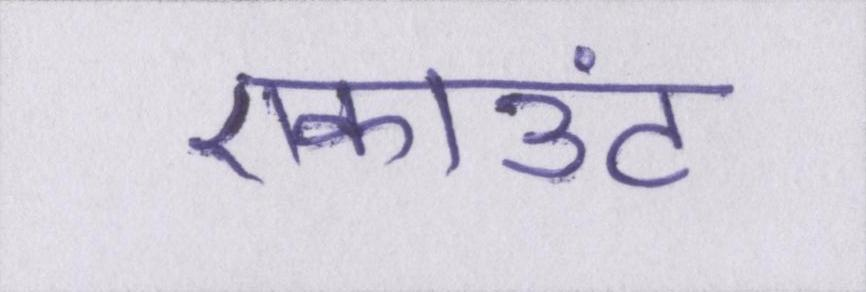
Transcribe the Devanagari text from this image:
एकाउंट